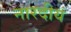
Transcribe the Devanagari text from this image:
नारदीयं